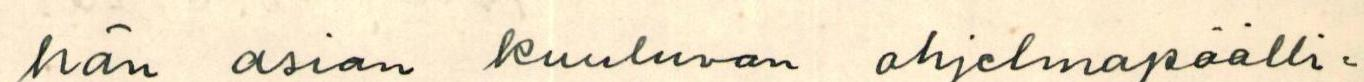
hän asian kuuluvan ohjelmapäälli=